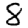
Digit: 8